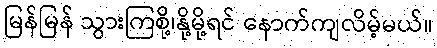
မြန်မြန် သွားကြစို့၊နို့မို့ရင် နောက်ကျလိမ့်မယ်။